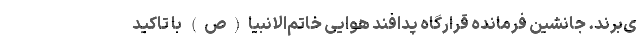
ی‌برند. جانشین فرمانده قرارگاه پدافند هوایی خاتم‌الانبیا(ص) با تاکید